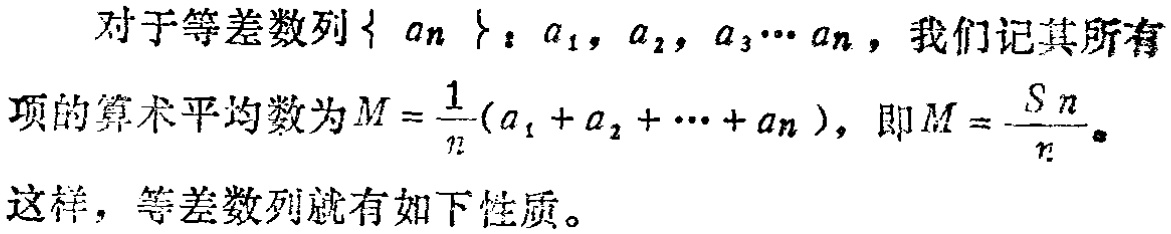
对于等差数列$\{ a_{n}\}:a_{1},a_{2},a_{3}\cdots a_{n}$，我们记其所有项的算术平均数为$M = \frac{1}{n}(a_{1} + a_{2} + \cdots + a_{n})$，即$M = \frac{S_{n}}{n}$。这样，等差数列就有如下性质。